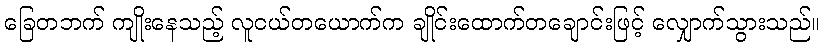
ခြေတဘက် ကျိုးနေသည့် လူငယ်တယောက်က ချိုင်းထောက်တချောင်းဖြင့် လျှောက်သွားသည်။